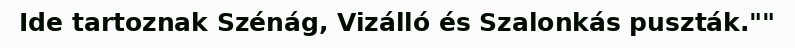
Ide tartoznak Szénág, Vizálló és Szalonkás puszták.""